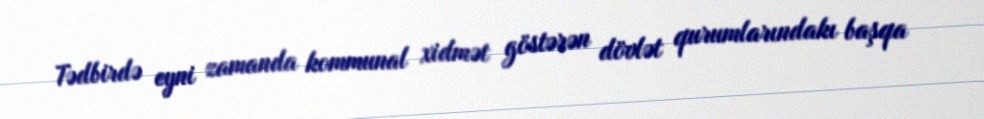
Tədbirdə eyni zamanda kommunal xidmət göstərən dövlət qurumlarındakı başqa